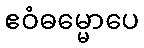
ဧဝံဓမ္မောပေ